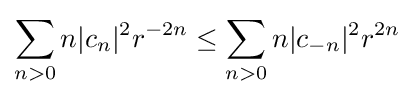
\sum _{n>0}n|c_{n}|^{2}r^{-2n}\leq \sum _{n>0}n|c_{-n}|^{2}r^{2n}